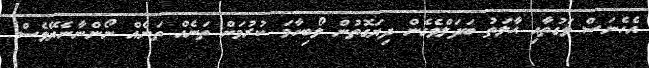
އެހެނަސް ވަގުތާއި ޙާލަތު ބަދަލްވެގެން ދިޔަގޮތުން ލޯބިހާމަ ކުރުމަށް ތަނެއް ތަނެއް ނޯންނާނެޔޭވެސް